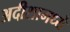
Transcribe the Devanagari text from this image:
अदीशामध्ये